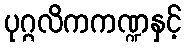
ပုဂ္ဂလိကကဏ္ဍနှင့်